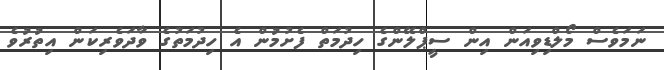
ނަމަވެސް މޯލްޑިވިއަން އިން ސީޕްލޭންގެ ހިދުމަތް ފެށުމުން އެ ހިދުމަތުގެ ވާދަވެރިކަން އިތުރުވެ